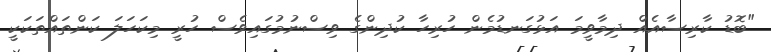
"ބޮޑު ކާރިސާއެއް ދިމާވީމަ އަޅުގަނޑުމެން ހުރިހާ ކުދިންގެ ވިސްނުމުގައިވެސް ހުރީ މިކަހަލަ ކަންތައްތަކަކީ